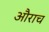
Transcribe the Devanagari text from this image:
औराच